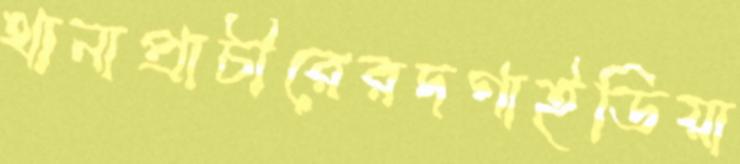
থানাপ্রাচীরেরদগাইডিয়া